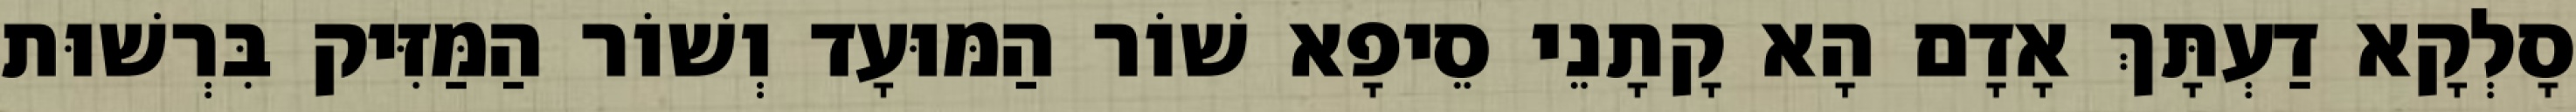
סָלְקָא דַעְתָּךְ אָדָם הָא קָתָנֵי סֵיפָא שׁוֹר הַמּוּעָד וְשׁוֹר הַמַּזִּיק בִּרְשׁוּת